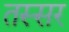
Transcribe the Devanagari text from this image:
तस्सर